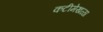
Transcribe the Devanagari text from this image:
कटीमेखळा